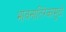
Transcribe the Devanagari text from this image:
भावनातिरेकामुळे